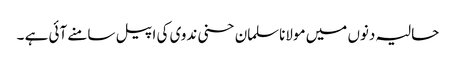
حالیہ دنوں میں مولاناسلمان حسنی ندوی کی اپیل سامنے آئی ہے ۔